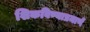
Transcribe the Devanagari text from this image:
शिकविण्याप्रमाणें